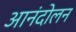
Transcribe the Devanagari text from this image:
आनंदोलन